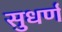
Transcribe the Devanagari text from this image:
सुधर्ण